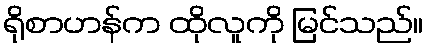
ရိုစာဟန်က ထိုလူကို မြင်သည်။